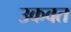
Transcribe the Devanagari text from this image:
उकवत